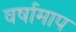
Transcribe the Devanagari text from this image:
वर्षामाप